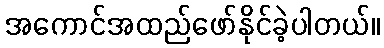
အကောင်အထည်ဖော်နိုင်ခဲ့ပါတယ်။